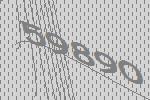
59890